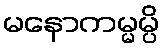
မနောကမ္မမ္ပိ